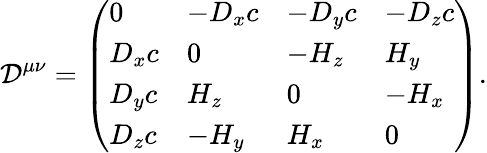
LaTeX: {\mathcal{D}}^{\mu\nu}={\left(\begin{array}{llll}{0}&{-D_{x}c}&{-D_{y}c}&{-D_{z}c}\\ {D_{x}c}&{0}&{-H_{z}}&{H_{y}}\\ {D_{y}c}&{H_{z}}&{0}&{-H_{x}}\\ {D_{z}c}&{-H_{y}}&{H_{x}}&{0}\end{array}\right)}.